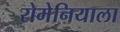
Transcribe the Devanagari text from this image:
रोमेनियाला